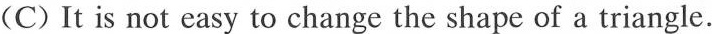
(C)It is not easy to change the shape of a triangle.